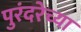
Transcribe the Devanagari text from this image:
पुरंदरेच्या